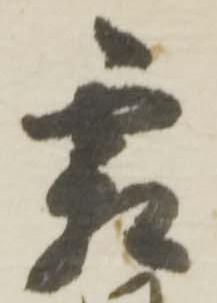
霜